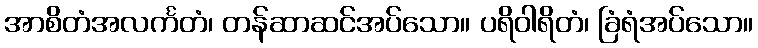
အာစိတံအလင်္ကတံ၊ တန်ဆာဆင်အပ်သော။ ပရိဝါရိတံ၊ ခြံရံအပ်သော။